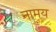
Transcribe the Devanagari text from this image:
नामय